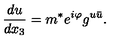
\frac { d u } { d x _ { 3 } } = m ^ { * } e ^ { i \varphi } g ^ { u \bar { u } } .